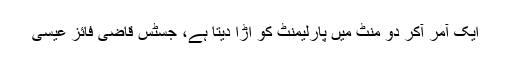
ایک آمر آکر دو منٹ میں پارلیمنٹ کو اڑا دیتا ہے، جسٹس قاضی فائز عیسیٰ